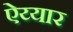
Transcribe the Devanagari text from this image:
ऐय्यार